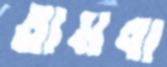
তামবা